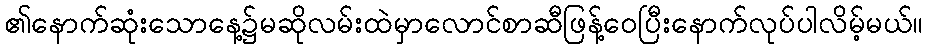
၏နောက်ဆုံးသောနေ့၌မဆိုလမ်းထဲမှာလောင်စာဆီဖြန့်ဝေပြီးနောက်လုပ်ပါလိမ့်မယ်။